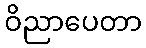
ဝိညာပေတာ